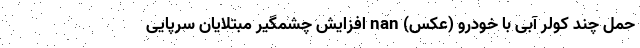
حمل چند کولر آبی با خودرو (عکس) nan افزایش چشمگیر مبتلایان سرپایی